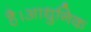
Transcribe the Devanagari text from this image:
है।आधुनिक